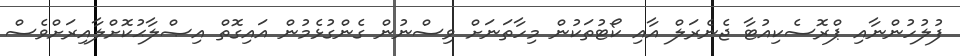
ފުލުހުންނާއި ޕްރޮސެކިއުޓާ ޖެނެރަލް އާއި ކޯޓުތަކުން މިހާތަނަށް ވިސްނުން ގެންގުޅެމުން އައިގޮތް އިޞްލާޙުކޮށްލާއިރަށްވެސް